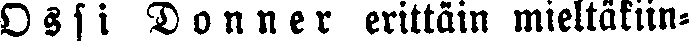
Ossi Donner erittäin mieltäkiin-